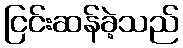
ငြင်းဆန်ခဲ့သည်